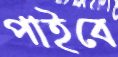
পাইবে